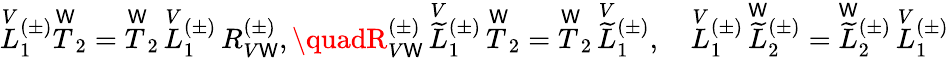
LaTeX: \overset{V}{L}{^{(\pm)}_{1}}\overset{\mathsf{W}}{T}_{2}=\overset{\mathsf{W}}{T}_{2}\, \overset{V}{L}{^{(\pm)}_{1}}\, R_{V\mathsf{W}}^{(\pm)},\quadR_{V\mathsf{W}}^{(\pm)}\, \overset{V}{\widetilde{{L}}}{^{(\pm)}_{1}}\, \overset{\mathsf{W}}{T}_{2}=\overset{\mathsf{W}}{T}_{2}\, \overset{V}{\widetilde{{L}}}{^{(\pm)}_{1}},\quad\overset{V}{L}{^{(\pm)}_{1}}\, \overset{\mathsf{W}}{\widetilde{{L}}}{^{(\pm)}_{2}}=\overset{\mathsf{W}}{\widetilde{{L}}}{^{(\pm)}_{2}}\, \overset{V}{L}{^{(\pm)}_{1}}